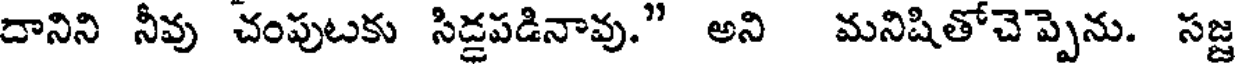
దానిని నీవు చంపుటకు సిడ్డపడినావు." అని మనిషితోచెప్పెను. సజ్జ